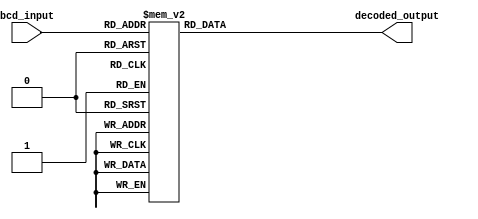
module bcd_decoder(
    input [3:0] bcd_input,
    output reg [6:0] decoded_output
);

always @(*) begin
    case(bcd_input)
        4'd0: decoded_output = 7'b0000001;
        4'd1: decoded_output = 7'b1001111;
        4'd2: decoded_output = 7'b0010010;
        4'd3: decoded_output = 7'b0000110;
        4'd4: decoded_output = 7'b1001100;
        4'd5: decoded_output = 7'b0100100;
        4'd6: decoded_output = 7'b0100000;
        4'd7: decoded_output = 7'b0001111;
        4'd8: decoded_output = 7'b0000000;
        4'd9: decoded_output = 7'b0000100;
        default: decoded_output = 7'b1111111; // Display nothing for invalid BCD input
    endcase
end

endmodule